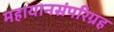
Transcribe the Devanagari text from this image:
महायानसंपरिग्रह